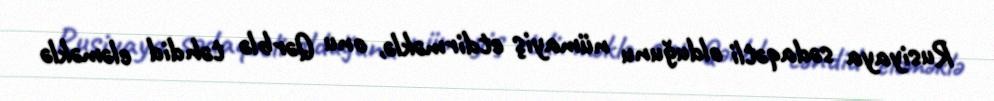
Rusiyaya sədaqətli olduğunu nümayiş etdirməklə, onu Qərblə təhdid eləməklə